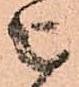
被